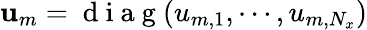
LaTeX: \mathbf{u}_{m}=\mathrm{~d~i~a~g~}(u_{m,1},\cdots,u_{m,N_{x}})